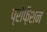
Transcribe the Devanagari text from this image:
प्रोफ़ैशन